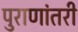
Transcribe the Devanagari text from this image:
पुराणांतरी